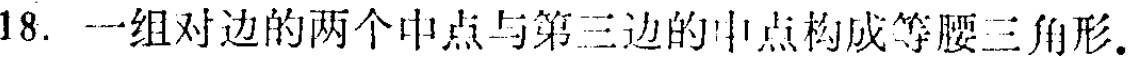
18. 一组对边的两个中点与第三边的中点构成等腰三角形.